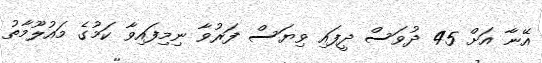
އޭނާ އަށް 45 ދުވަސް ދީފައި ވިޔަސް ފަރުވާ ނިމިފައިވާ ކަމުގެ މައުލޫމާތު